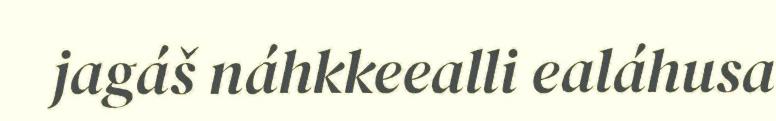
jagáš náhkkeealli ealáhusa